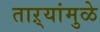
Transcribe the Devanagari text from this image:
ताऱ्यांमुळे